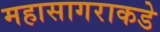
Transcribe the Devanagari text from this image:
महासागराकडे